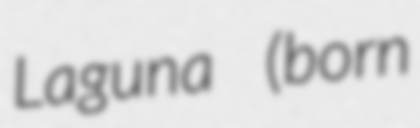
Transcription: Laguna (born